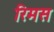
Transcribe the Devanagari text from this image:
रिमस